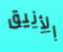
الأنيق